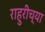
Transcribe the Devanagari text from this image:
राहुरीच्या